Lunatic asylums United Provinces 1899-1908 - 1899-1908
Year: 1899
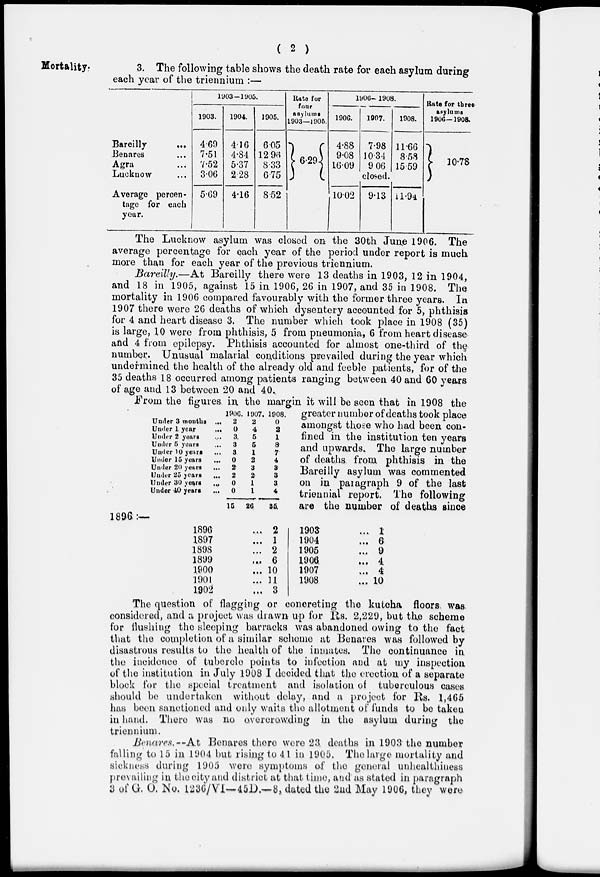
( 2 )
Mortality
3. The following table shows the death rate for each asylum during
each year of the triennium :—
Bareilly ...
Benares ...
Agra ...
Lucknow ...
Average percen-
tage for each
year.
1903-1905.
1903.
4.69
7.51
7.52
3.06
5.69
1904.
4.10
4.84
5.37
2.28
4.16
1905.
6.05
12.96
8.33
6.75
8.52
Rate fur
four
asylums
1903—1905.
6.29
1906-1908.
1906.
4.88
9.08
16.09
1007.
7.98
10.34
9.06
1908.
11.66
8.58
15.59
closed.
10.02 9.13 11.94
Rate for three
asylums
1906-1908.
10.78
The Lucknow asylum was closed on the 30th June 1906. The
average percentage for each year of the period under report is much
more than for each year of the previous triennium.
Bareilly.—At Bareilly there were 13 deaths in 1903, 12 in 1904,
and 18 in 1905, against 15 in 1906, 26 in 1907, and 35 in 1908. The
mortality in 1906 compared favourably with the former three years. In
1907 there were 26 deaths of which dysentery accounted for 5, phthisis
for 4 and heart disease 3. The number which took place in 1908 (35)
is large, 10 were from phthisis, 5 from pneumonia, 6 from heart disease
and 4 from epilepsy. Phthisis accounted for almost one-third of the
number. Unusual malarial conditions prevailed during the year which
undermined the health of the already old and feeble patients, for of the
35 deaths 18 occurred among patients ranging between 40 and 60 years
of age and 13 between 20 and 40..
Under 3 months ...
Under 1 year
...
Under 2 years
...
Under 5 years
...
Under 10 years
...
Under 15 years
...
Under 20 years
...
Under 25 years ...
Under 30 years
...
Under 40 years
...
1906.
2
0
3
3
3
0
2
2
0
0
15
1907.
2
4
5
5
1
2
3
2
1
1
26
1908.
0
2
1
8
7
4
3
3
3
4
35
From the figures in the margin it will be seen that in 1908 the
greater number of deaths took place
amongst those who had been con-
fined in the institution ten years
and upwards. The large number
of deaths from phthisis in the
Bareilly asylum was commented
on in paragraph 9 of the last
triennial report. The following
are the number of deaths since
1896:—
1896 ...
1897 ...
1898 ...
1899 ...
1900 ...
1901 ...
1902 ...
2
1
2
6
10
11
3
1903 ...
1904 ...
1905 ...
1906 ...
1907 ...
1908 ...
1
6
9
4
4
10
The question of flagging or concreting the kutcha floors was
considered, and a project was drawn up for Rs. 2,229, but the scheme
for flushing the sleeping barracks was abandoned owing to the fact
that the completion of a similar scheme at Benares was followed by
disastrous results to the health of the inmates. The continuance in
the incidence of tubercle points to infection and at my inspection
of the institution in July 1908 I decided that the erection of a separate
block for the special treatment and isolation of tuberculous cases
should be undertaken without delay, and a project for Rs. 1,465
has been sanctioned and only waits the allotment of funds to be taken
in hand. There was no overcrowding in the asylum during the
triennium.
Benares.-- At Benares there were 23 deaths in 1903 the number
falling to 15 in 1904 but rising to 41 in 1905. The large mortality and
sickness during 1905 were symptoms of the general unhealthiness
prevailing in the city and district at that time, and as stated in paragraph
3 of G. O. No. 1236/VI—45D.—8, dated the 2nd May 1906, they were